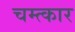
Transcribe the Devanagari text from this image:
चम्त्कार